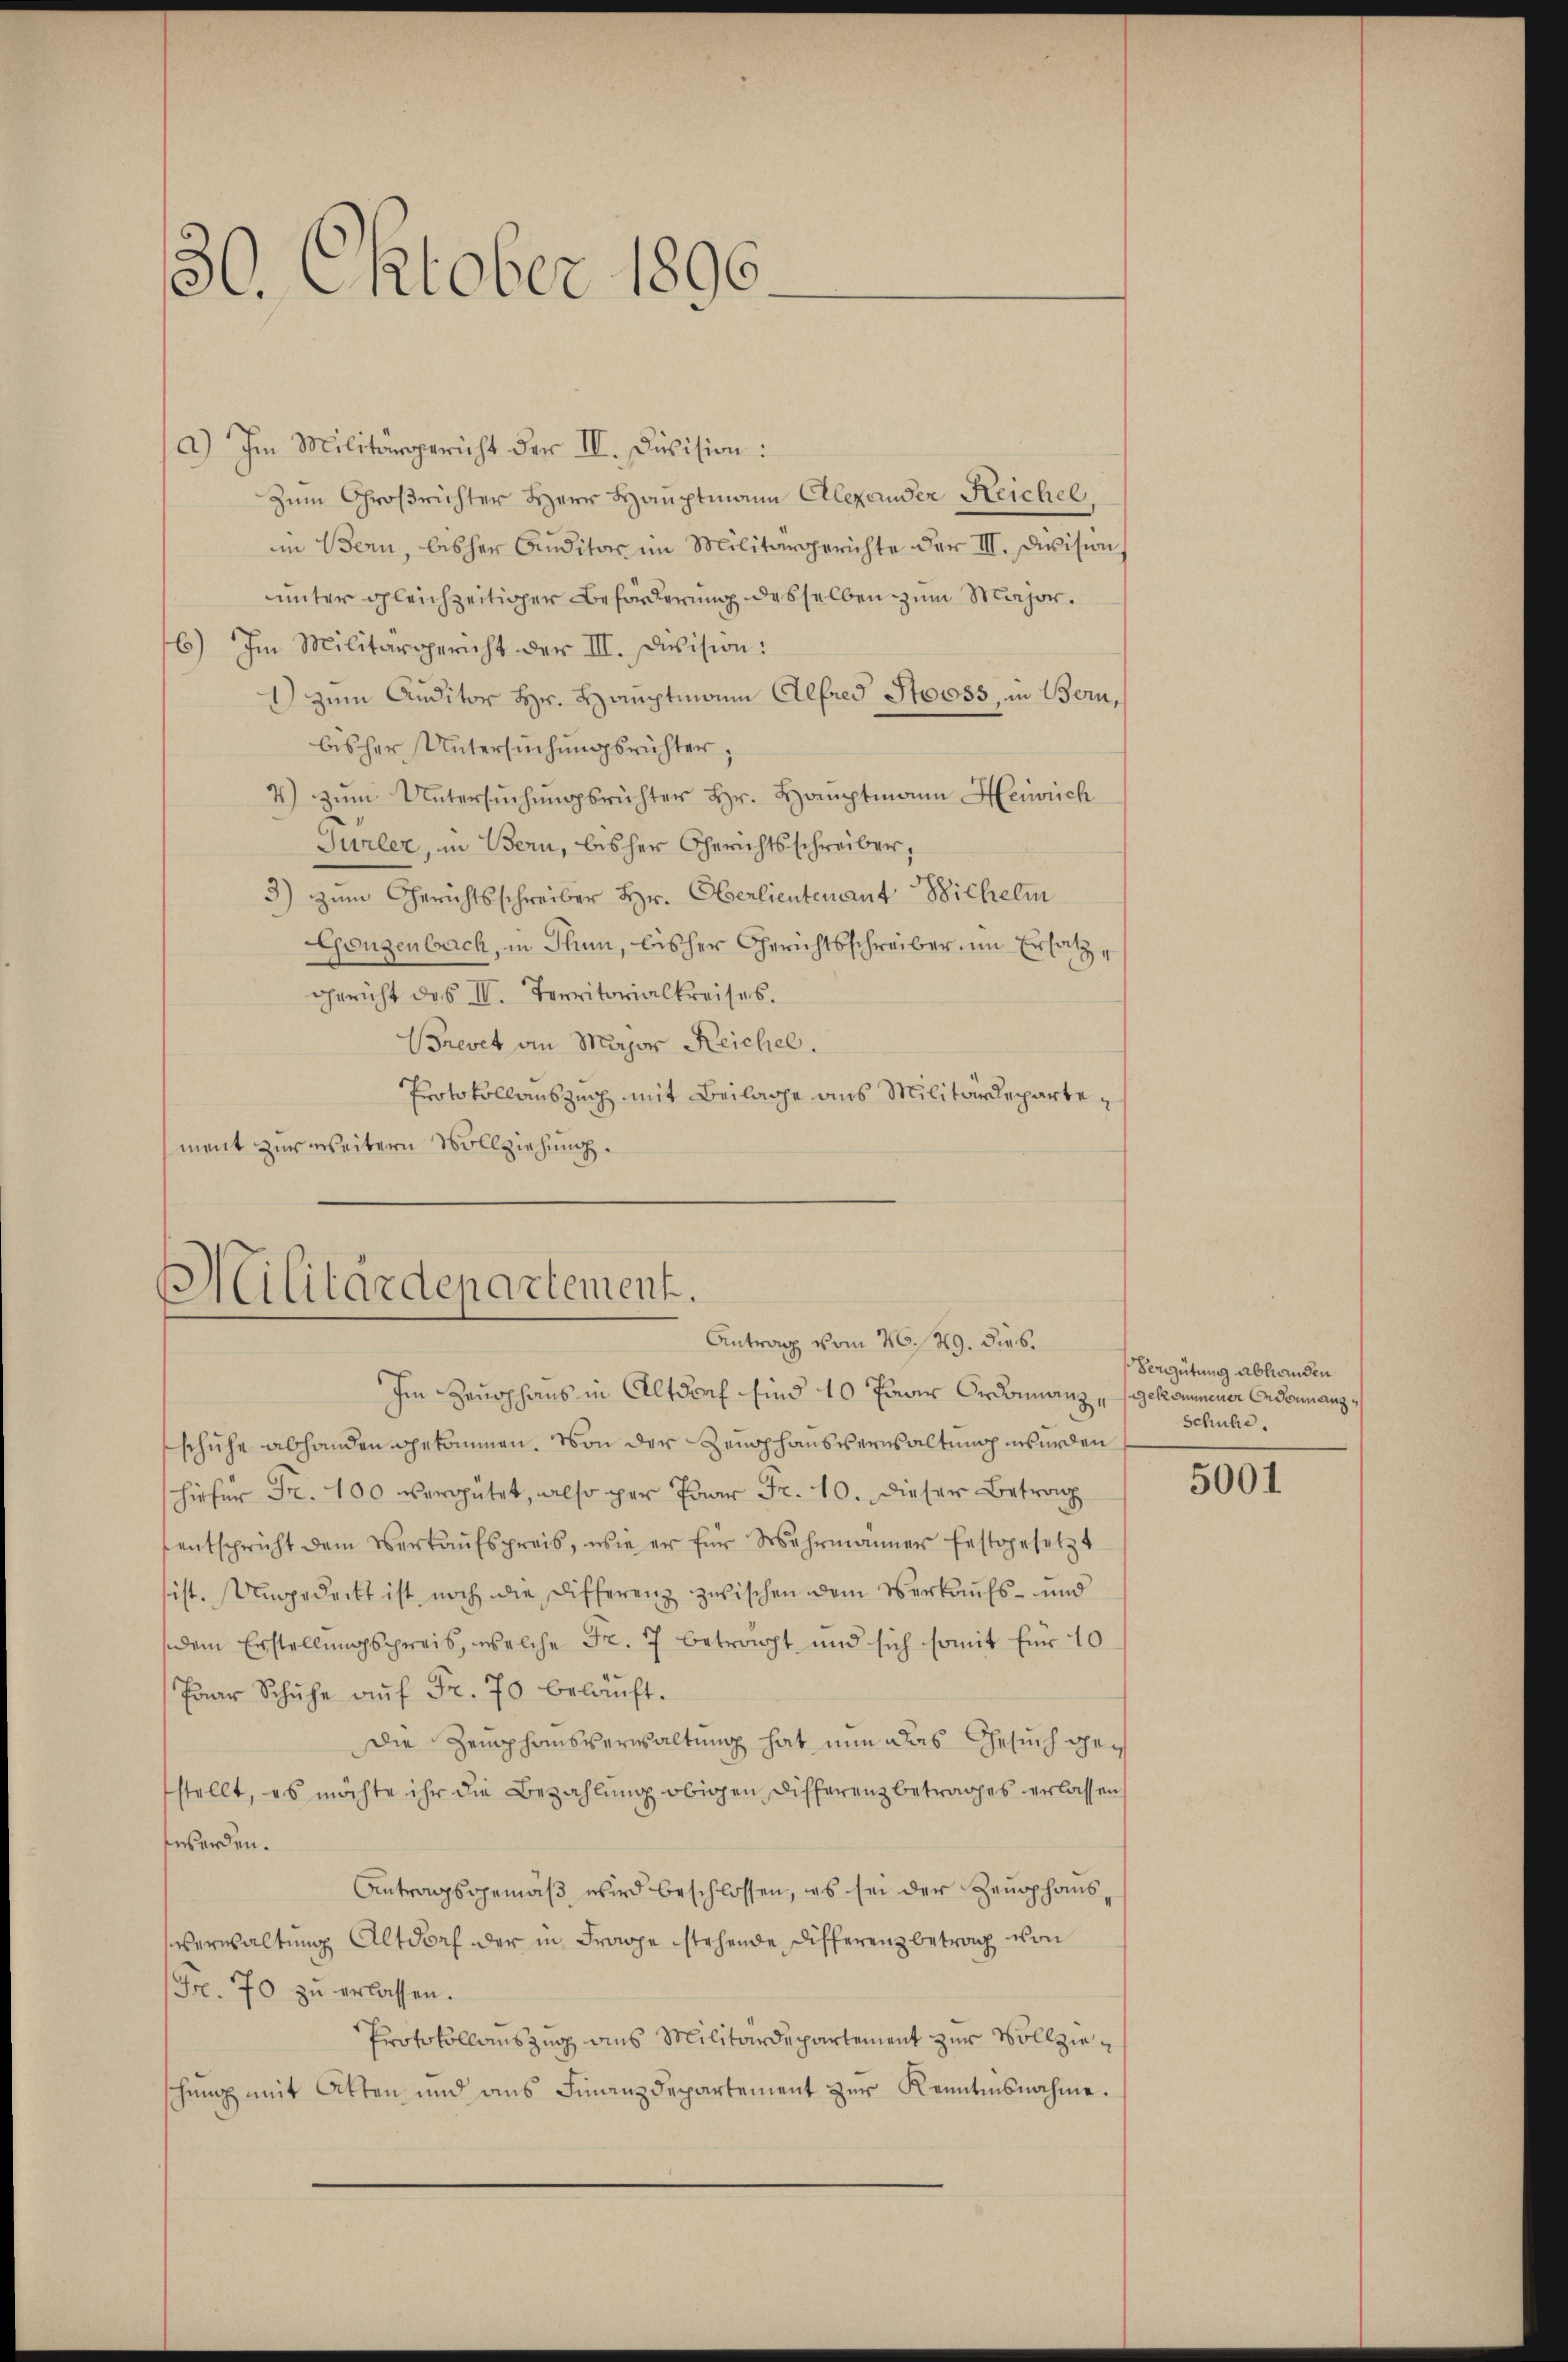
30. Oktober 1890.

a) Im Militärgericht der II. Division:
Zum Großrichter Herr Hauptmann Alexander Reichel
in Bern, bisher Auditor im Militärgerichte der III. Devision,
unter gleichzeitiger Beförderung desselben zum Major¬
6) Im Militärgericht der III. Division:
1) zum Auditor Hr. Hauptmann Alfred Stooss, in Bern,
bisher Untersŭchŭngsrichter,
4) zŭm Untersŭchŭngsrichter Hr. Hauptmann Heinrich
Türler, in Bern, bisher Gerichtsschreiber,
3) zum Gerichtsschreiber Hr. Oberlieutenant Bichelm
Gonzenbach, in Thun, bisher Gerichtsschreiber um Ersatz¬
Gericht des II. Territorialkreises.
Brevet an Major Reichel.
Protokollauszug mit Beilage aus Militärdepartement zur weitern Vollziehung.

Militärdepartement.
Antrag vom 26./29. dies.

Im Zeughaus in Altdorf sind 10 Paar Ordonnanz, gekommener Erdonnanzschuhe abhanden gekommen. Von der Zeuophausverwaltung wurden
hiefür Fr. 100 vergütet, also per Paar Fr. 10. dieser Betrag
entspricht dem Verkaŭfspreis, wie er für Wahrmänner festgesetzt
ist. Ungedeckt ist noch die Differenz zwischen dem Verkaufs- und
dem Erstellungspreis, welche Fr. 7 betragt, und sich somit für 10
Paar Schuhe aŭf Fr. 70 beläuft.
Die Zemphonsverwaltung hat nun das Gesuch gestellt, es möchte ihr die Bezahlung obigen Differenz betrages erlassen
werden.
Antragsgemäß wird beschlossen, es sei der Zeughaus,
Verwaltŭng Altdorf der in Frage stehende Differenzbetrag von
Fr. 70 zu erlassen.
Protokollauszug aus Militärdepartement zur Vollzieschŭng mit Atten und ans Finanzdepartement zŭr Kenntnisnahme.

Vergütung abhanden
schuhe.

5001